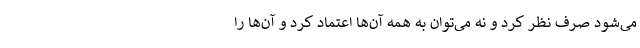
می‌شود صرف نظر کرد و نه می‌توان به همه آن‌ها اعتماد کرد و آن‌ها را